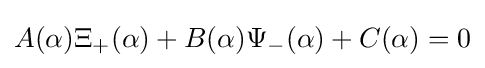
A(\alpha )\Xi _{+}(\alpha )+B(\alpha )\Psi _{-}(\alpha )+C(\alpha )=0